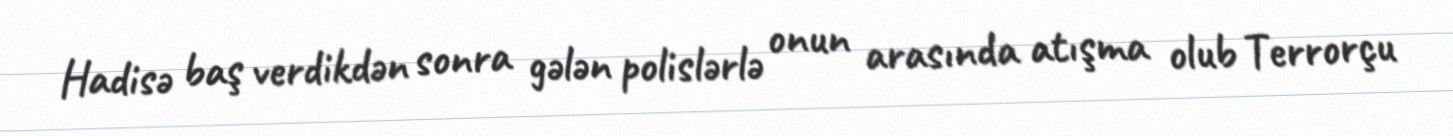
Hadisə baş verdikdən sonra gələn polislərlə onun arasında atışma olub Terrorçu